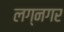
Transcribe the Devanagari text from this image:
लग्नगर